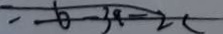
- 6 - 3 9 - 2 c